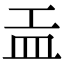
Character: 𥁁